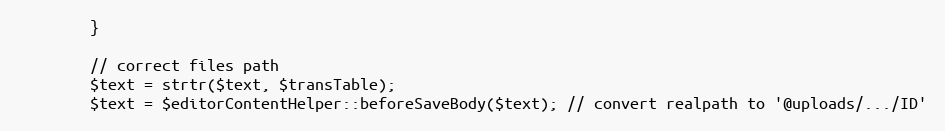
Language: PHP
        }

        // correct files path
        $text = strtr($text, $transTable);
        $text = $editorContentHelper::beforeSaveBody($text); // convert realpath to '@uploads/.../ID'